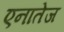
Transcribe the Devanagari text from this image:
एनातेज